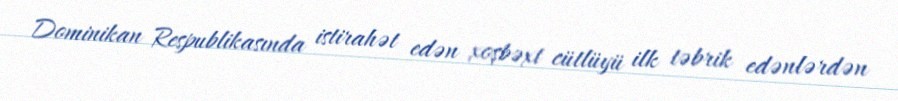
Dominikan Respublikasında istirahət edən xoşbəxt cütlüyü ilk təbrik edənlərdən